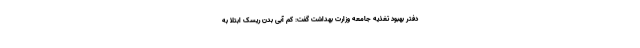
دفتر بهبود تغذیه جامعه وزارت بهداشت گفت: کم آبی بدن ریسک ابتلا به